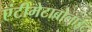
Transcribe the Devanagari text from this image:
एंटीमेटाबोलाईट